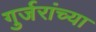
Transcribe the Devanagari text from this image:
गुर्जरांच्या